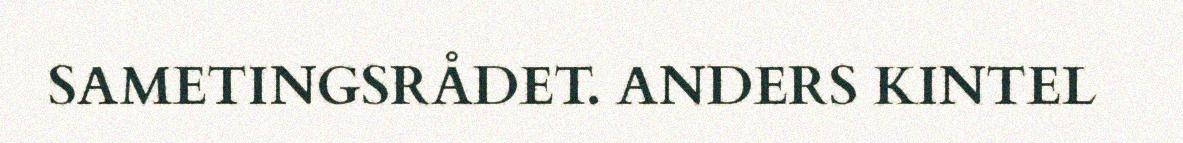
SAMETINGSRÅDET. ANDERS KINTEL